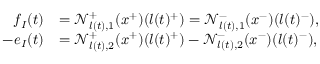
\begin{array} { r l } { f _ { I } ( t ) } & { = \mathcal { N } _ { l ( t ) , 1 } ^ { + } ( x ^ { + } ) ( l ( t ) ^ { + } ) = \mathcal { N } _ { l ( t ) , 1 } ^ { - } ( x ^ { - } ) ( l ( t ) ^ { - } ) , } \\ { - e _ { I } ( t ) } & { = \mathcal { N } _ { l ( t ) , 2 } ^ { + } ( x ^ { + } ) ( l ( t ) ^ { + } ) - \mathcal { N } _ { l ( t ) , 2 } ^ { - } ( x ^ { - } ) ( l ( t ) ^ { - } ) , } \end{array}